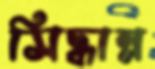
সিদ্ধান্ন